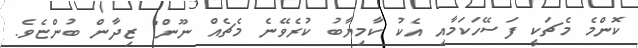
ކޮންމެ މެޗަކީ ފަސޭހަކަމާއި އެކު ކާމިޔާބު ކުރެވޭނެ މެޗެއް ނޫން" ޒިދާން ބުންޏެވެ.